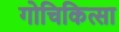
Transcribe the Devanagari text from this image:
गोचिकित्सा